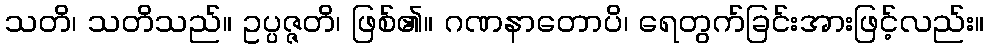
သတိ၊ သတိသည်။ ဥပ္ပဇ္ဇတိ၊ ဖြစ်၏။ ဂဏနာတောပိ၊ ရေတွက်ခြင်းအားဖြင့်လည်း။